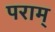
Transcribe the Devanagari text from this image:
पराम्